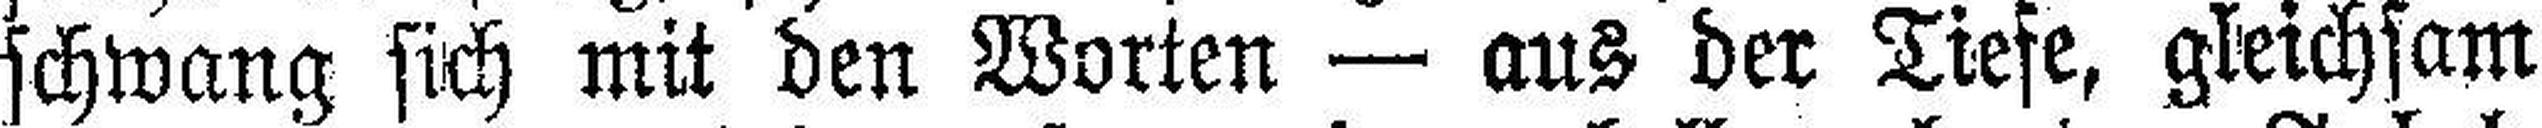
schwang sich mit den Worten — aus der Tiefe, gleichsam